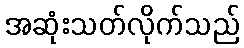
အဆုံးသတ်လိုက်သည်